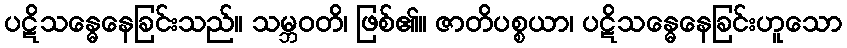
ပဋိသန္ဓေနေခြင်းသည်။ သမ္ဘဝတိ၊ ဖြစ်၏။ ဇာတိပစ္စယာ၊ ပဋိသန္ဓေနေခြင်းဟူသော